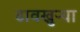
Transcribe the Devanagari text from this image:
डावखुऱ्या